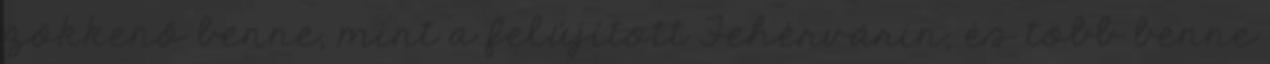
zökkenő benne, mint a felújított Fehérvárin, és több benne